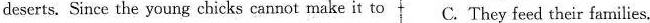
deserts. Since the young chicks cannot make it to C. They feed their families.